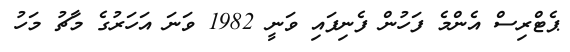
ޕެޓްރިސް އެންމެ ފަހުން ފެނިފައި ވަނީ 1982 ވަނަ އަހަރުގެެ މާޗު މަހު